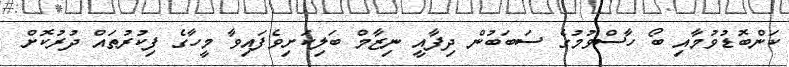
ކަންބޮޑުވުމާއި ބޯ ހާސްވުމުގެ ސަބަބުން ދިފާއީ ނިޒާމް ބަލިކަށިވެފައިވާ މީހާގެ ފިކުރުތައް ދުރުކޮށް